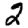
Digit: 2